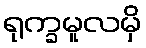
ရုက္ခမူလမှိ